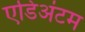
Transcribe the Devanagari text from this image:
एडिअंटम